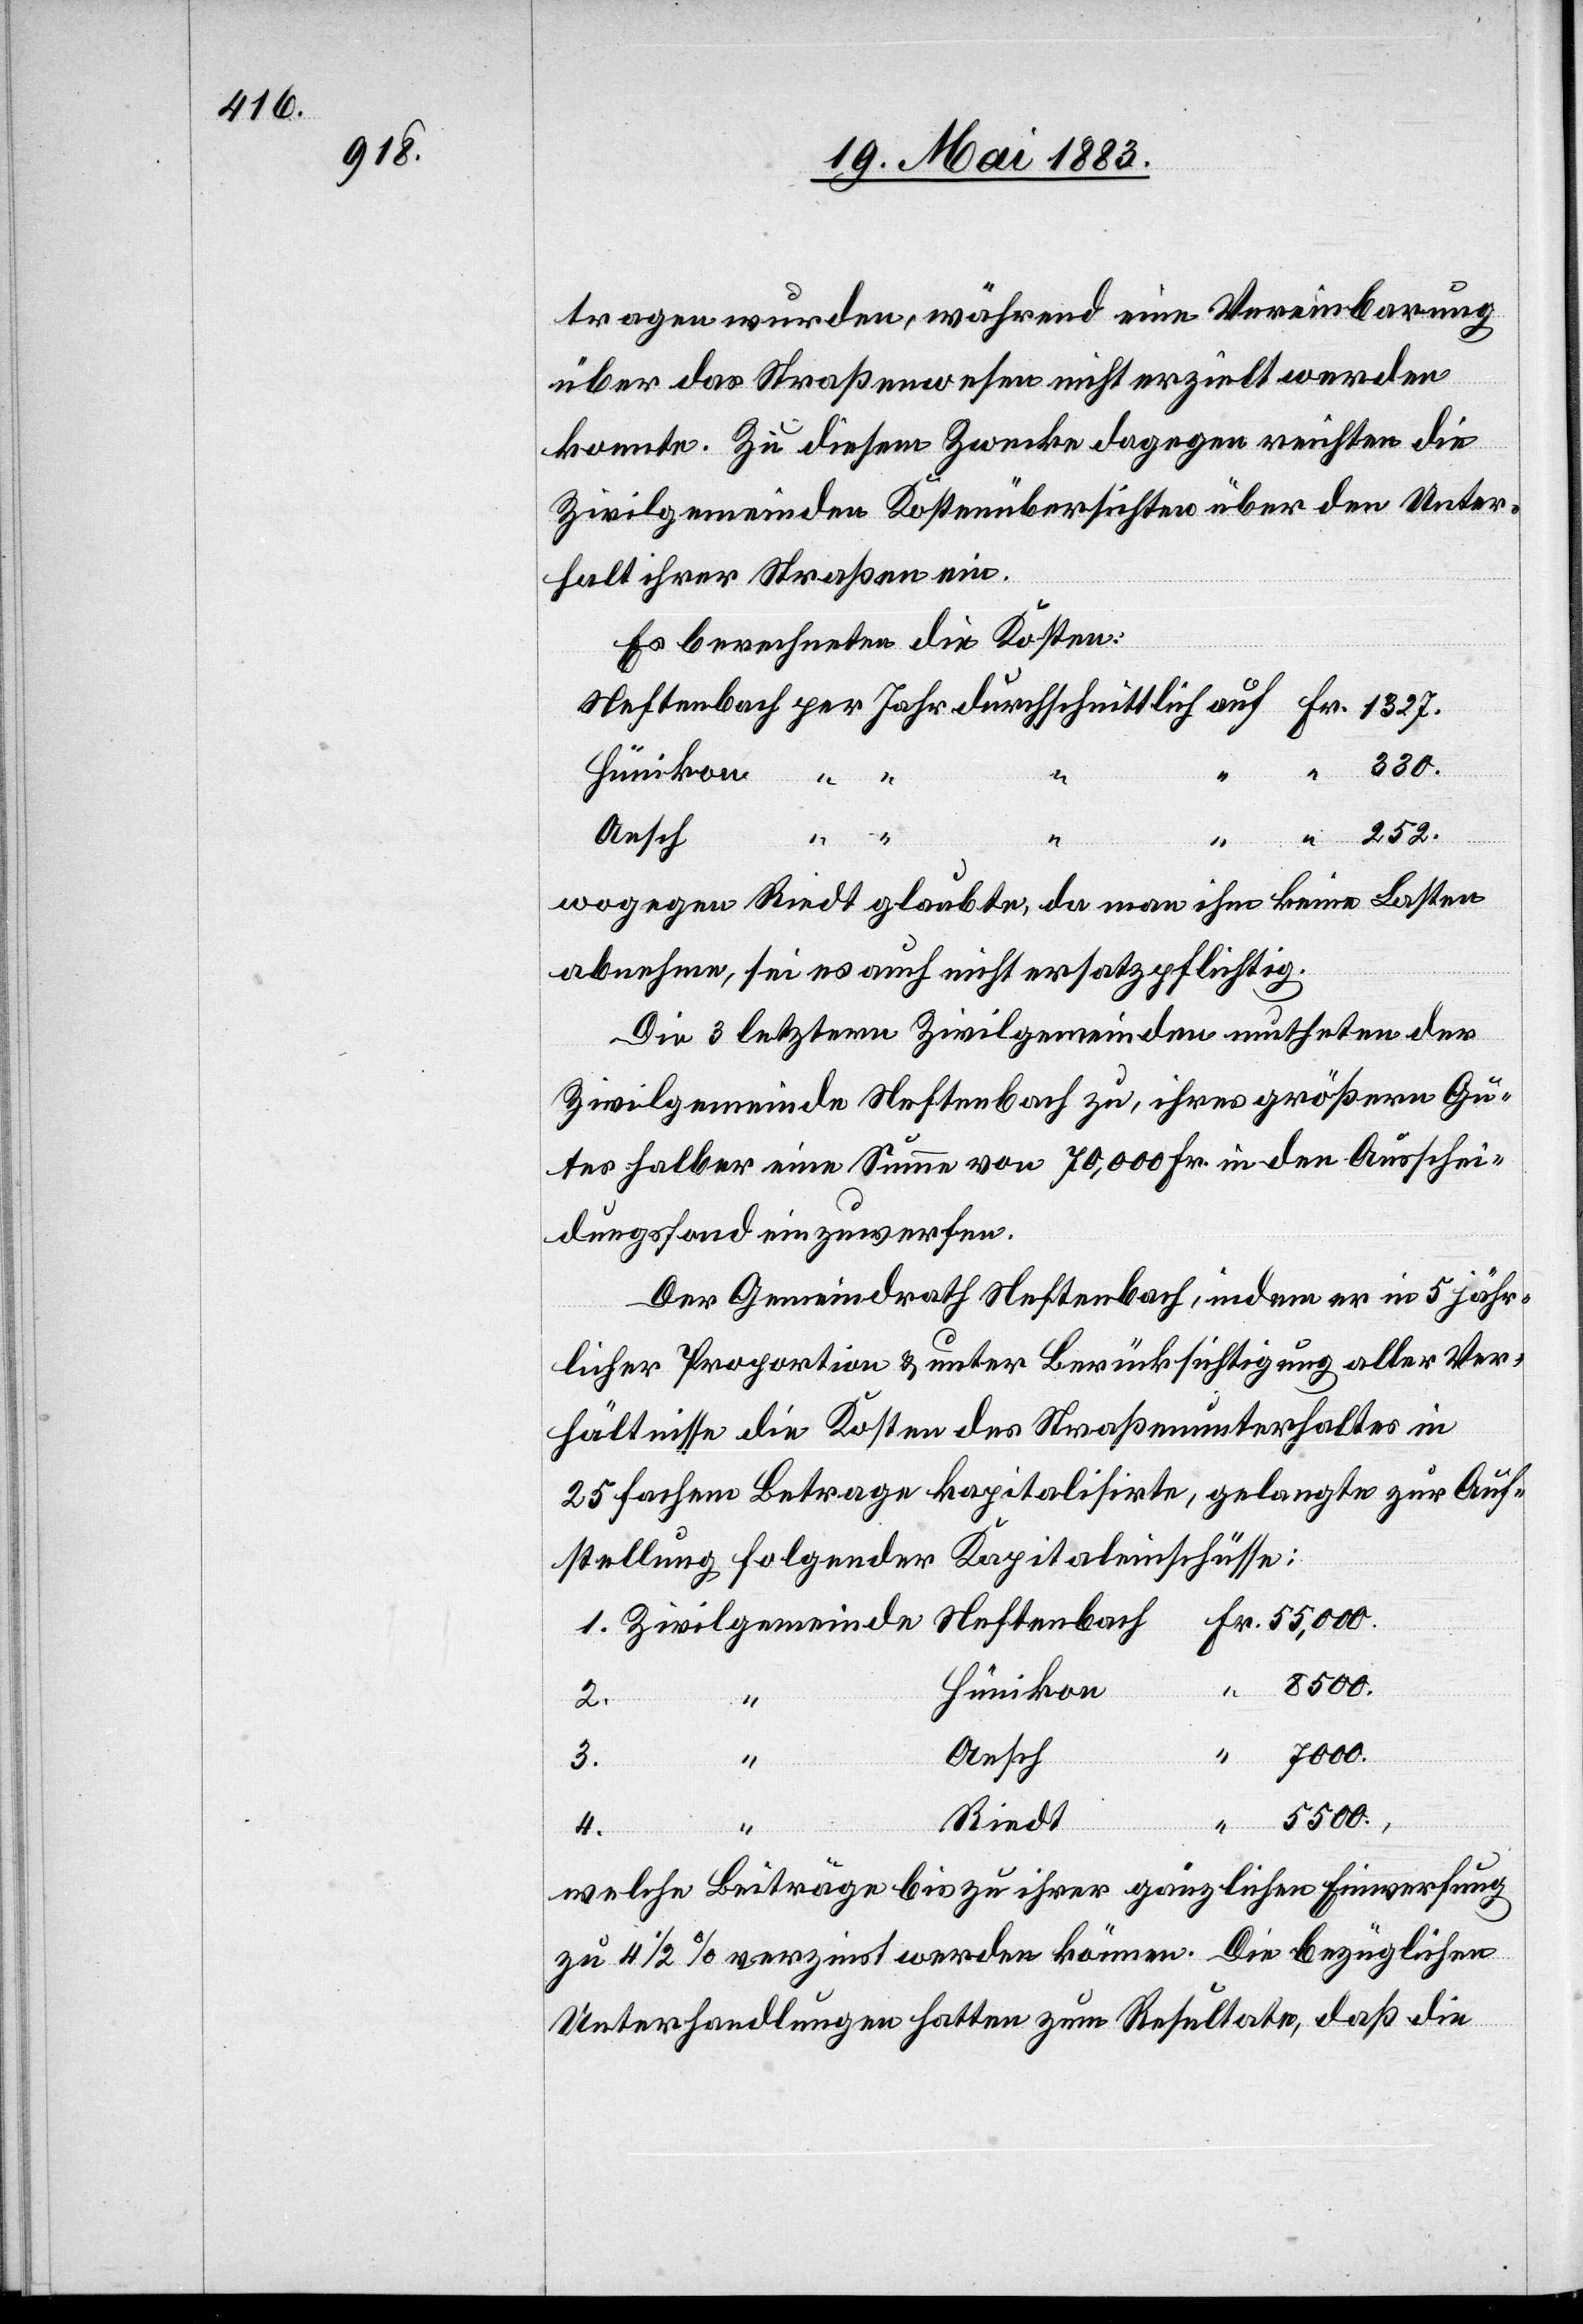
tragen wurden, während eine Vereinbarung
über das Straßenwesen nicht erzielt werden
konnte. Zu diesem Zwecke dagegen reichten die
Zivilgemeinden Kostenübersichten über den Unter¬
halt ihrer Straßen ein.
Es berechneten die Kosten:
Fr.
252.
“
“
1.
Fr.
wogegen Riedt glaubte, da man ihm keine Lasten
abnehme, sei es auch nicht ersatzpflichtig.
Die 3 letztern Zivilgemeinden mutheten der
Zivilgemeinde Neftenbach zu, ihres größern Gu¬
tes halber eine Summe von 70,000 Fr. in den Ausschei¬
dungsfond einzuwerfen.
Der Gemeindrath Neftenbach, indem er in 5 jähr¬
licher Proportion & unter Berücksichtigung aller Ver¬
hältnisse die Kosten des Straßenunterhaltes in
25fachem Betrage kapitalisirte, gelangte zur Auf¬
stellung folgender Kapitaleinschüsse;
Hünikon
2.
Aesch
7000.
4.
3.
5500.
Riedt
welche Beiträge bis zu ihrer gänzlichen Einwerfung
zu 4 1/2% verzinst werden können. Die bezüglichen
Unterhandlungen hatten zum Resultate, daß die